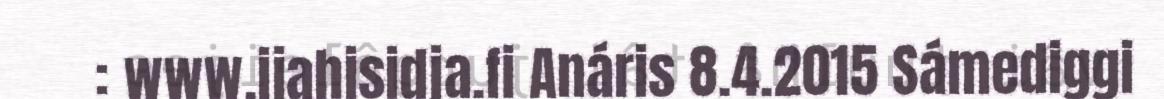
: www.ijahisidja.fi Anáris 8.4.2015 Sámediggi